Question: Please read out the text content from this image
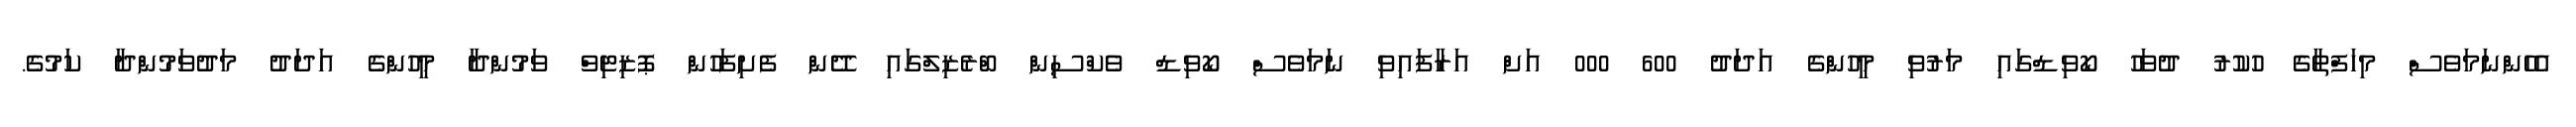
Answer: އެހެންނަމަވެސް މިހަފްތާގެ ހުކުރު ދުވަހު ކޯވިޑްގައި މަރުވި މީހުންގެ އަދަދު 600 000 އަށް އަރާފައިވި ނަމަވެސް ކޯވިޑް ވެކްސިން ބްރެޒިލްގައި ދޭން ފެށިފަހުން ޕޮޒިޓިވް ވަމުންދާ މީހުންގެ އަދަދު މަދުވަމުންދާ ކަމުގެ.